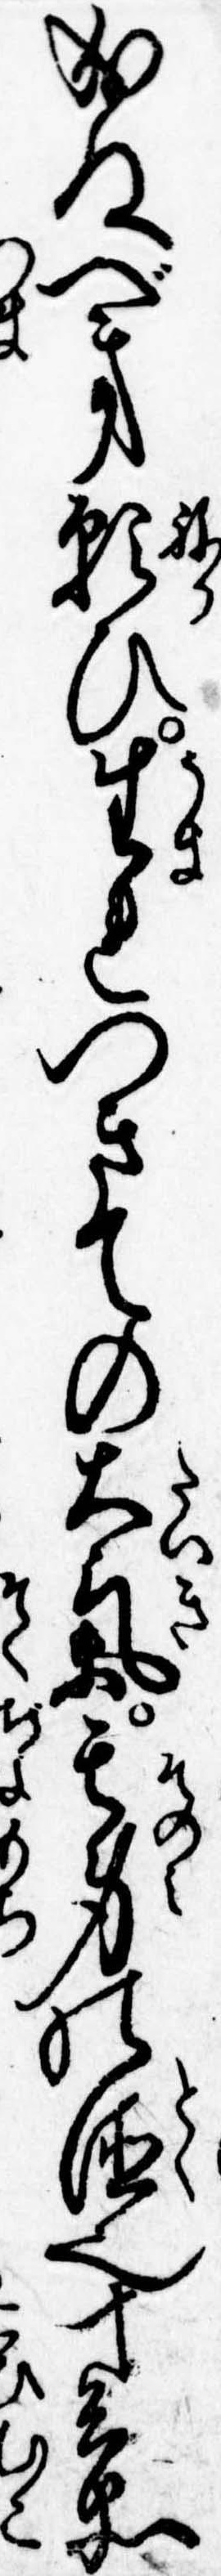
成ぬべき願ひ生れつきての大気其身の徳也十兵衛